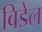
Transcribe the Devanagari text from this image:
बिडेल